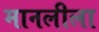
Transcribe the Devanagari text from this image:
मानलीला